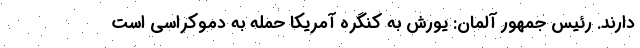
دارند. رئیس جمهور آلمان: یورش به کنگره آمریکا حمله به دموکراسی است